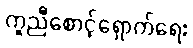
ကူညီစောင့်ရှောက်ရေး